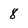
Character: 8